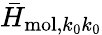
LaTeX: {\bar{H}}_{\mathrm{mol},k_{0}k_{0}}